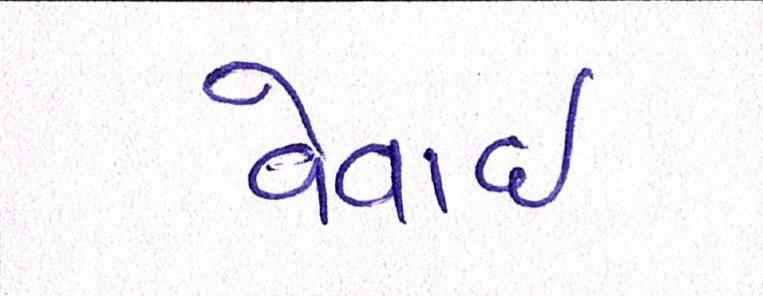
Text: વેવાઈ